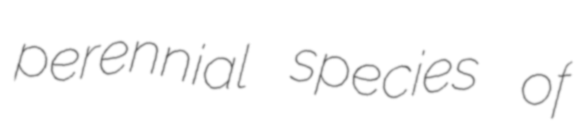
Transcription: perennial species of